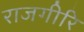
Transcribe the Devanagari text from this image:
राजगीरि